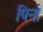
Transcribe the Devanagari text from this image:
पिर्ना